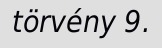
törvény 9.